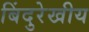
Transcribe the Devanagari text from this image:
बिंदुरेखीय